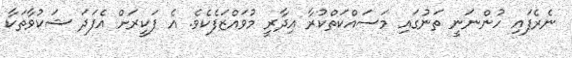
ނެރެފައި ހުންނަނީ ތަނުގައި މަސައްކަތްކުރާ އިދާރީ މުވައްޒަފެކެވެ. އެ ފަކީރަށް އެފަދަ ޝަކުވާތަކާ